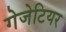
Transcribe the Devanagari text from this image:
गेजेटियर